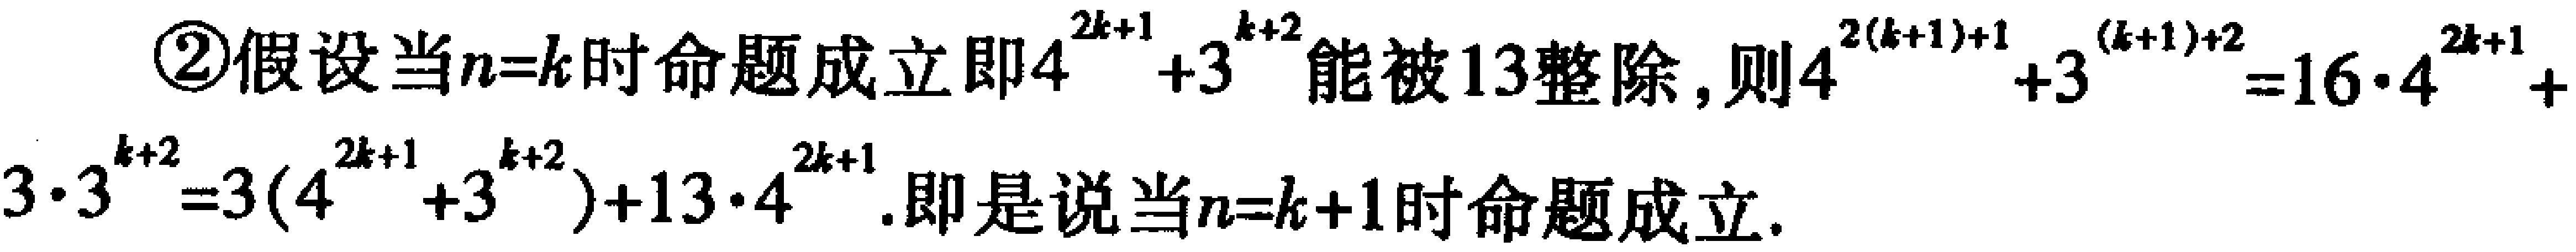
\textcircled{2}假设当\(n = k\)时命题成立即\(4^{2k + 1}+3^{k + 2}\)能被\(13\)整除，则\(4^{2(k + 1)+1}+3^{(k + 1)+2}=16\cdot4^{2k + 1}+3\cdot3^{k + 2}=3(4^{2k + 1}+3^{k + 2})+13\cdot4^{2k + 1}\).即是说当\(n = k + 1\)时命题成立.